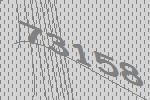
73158